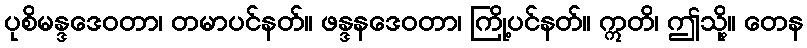
ပုစိမန္ဒဒေဝတာ၊ တမာပင်နတ်။ ဖန္ဒနဒေဝတာ၊ ကြို့ပင်နတ်။ ဣတိ၊ ဤသို့။ တေန